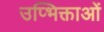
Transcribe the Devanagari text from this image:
उप्भिक्ताओं